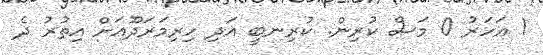
1 އަހަރު 0 މަސް ކުރިން. ކުރިނބީ އަދި ހިރިމަރަދޫއަށް އިތުރު ދެ